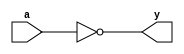
`timescale 1ns / 1ps
//////////////////////////////////////////////////////////////////////////////////
// Company: 
// Engineer: 
// 
// Design Name: 
// Module Name:    one_not 
// Project Name: 
// Target Devices: 
// Tool versions: 
// Description: 
//
// Dependencies: 
//
// Revision: 
// Revision 0.01 - File Created
// Additional Comments: 
//
//////////////////////////////////////////////////////////////////////////////////
module one_not(a,y);
input a;
output y;
assign y = ~a;
endmodule